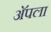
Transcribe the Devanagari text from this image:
अॅपला